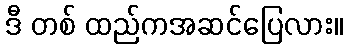
ဒီ တစ် ထည်ကအဆင်ပြေလား။